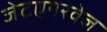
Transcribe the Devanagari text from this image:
जेटएयरवेज